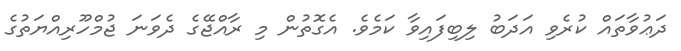
ދަޢުވާތައް ކުރެވި އަދަބު ލިބިފައިވާ ކަމެވެ. އެގޮތުން މި ރާއްޖޭގެ ދެވަނަ ޖުމްހޫރިއްޔަތުގެ